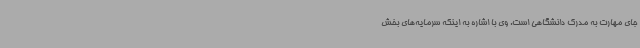
جای مهارت به مدرک دانشگاهی است. وی با اشاره به اینکه سرمایه‌های بخش